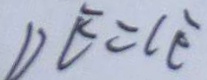
D E = C E